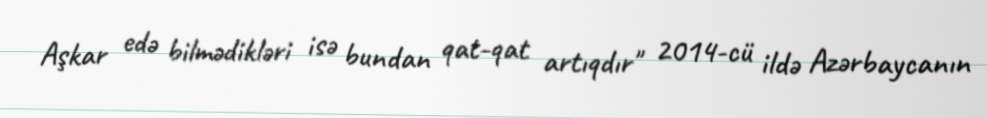
Aşkar edə bilmədikləri isə bundan qat-qat artıqdır" 2014-cü ildə Azərbaycanın